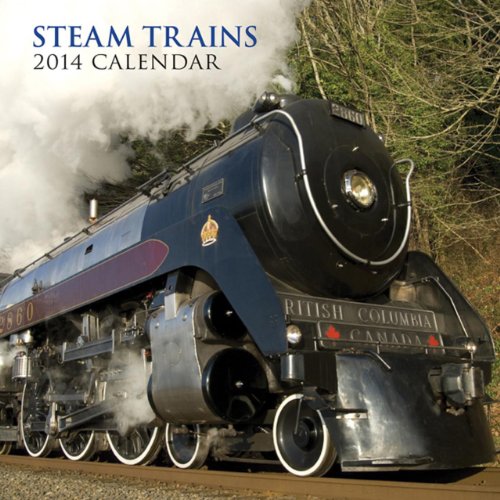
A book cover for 2014 Calendar: Steam Trains: 12-Month Calendar Featuring Nostalgic Photographs Of Steam Trains From Around The World; Peony Press; Calendars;